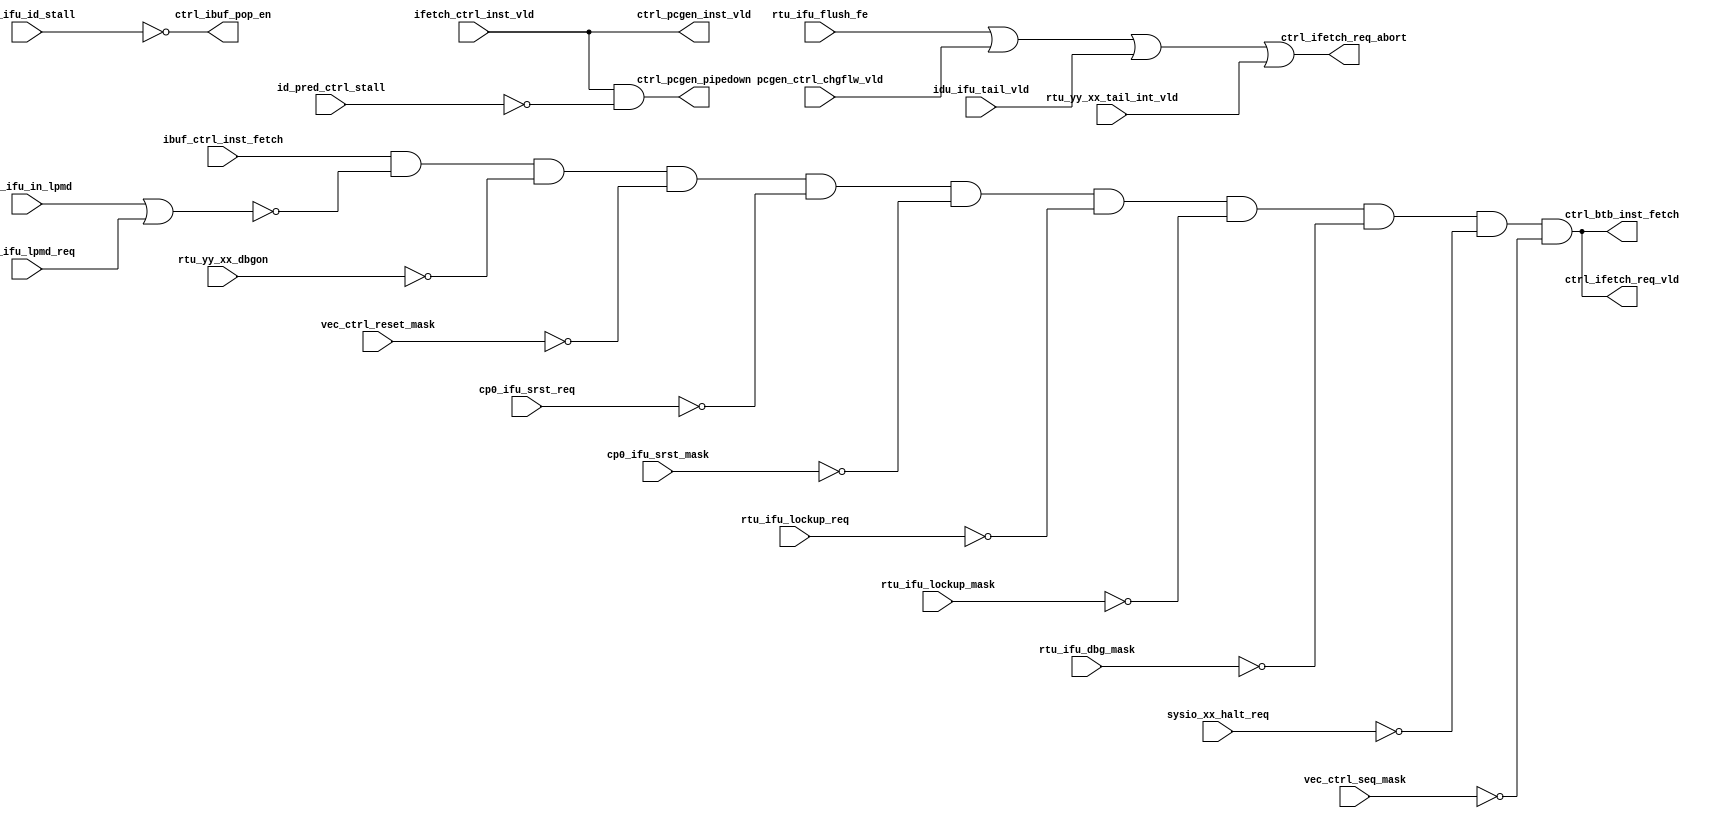
/*Copyright 2020-2021 T-Head Semiconductor Co., Ltd.

Licensed under the Apache License, Version 2.0 (the "License");
you may not use this file except in compliance with the License.
You may obtain a copy of the License at

    http://www.apache.org/licenses/LICENSE-2.0

Unless required by applicable law or agreed to in writing, software
distributed under the License is distributed on an "AS IS" BASIS,
WITHOUT WARRANTIES OR CONDITIONS OF ANY KIND, either express or implied.
See the License for the specific language governing permissions and
limitations under the License.
*/

// &ModuleBeg; @23
module pa_ifu_ctrl(
  cp0_ifu_in_lpmd,
  cp0_ifu_lpmd_req,
  cp0_ifu_srst_mask,
  cp0_ifu_srst_req,
  ctrl_btb_inst_fetch,
  ctrl_ibuf_pop_en,
  ctrl_ifetch_req_abort,
  ctrl_ifetch_req_vld,
  ctrl_pcgen_inst_vld,
  ctrl_pcgen_pipedown,
  ibuf_ctrl_inst_fetch,
  id_pred_ctrl_stall,
  idu_ifu_id_stall,
  idu_ifu_tail_vld,
  ifetch_ctrl_inst_vld,
  pcgen_ctrl_chgflw_vld,
  rtu_ifu_dbg_mask,
  rtu_ifu_flush_fe,
  rtu_ifu_lockup_mask,
  rtu_ifu_lockup_req,
  rtu_yy_xx_dbgon,
  rtu_yy_xx_tail_int_vld,
  sysio_xx_halt_req,
  vec_ctrl_reset_mask,
  vec_ctrl_seq_mask
);

// &Ports; @24
input        cp0_ifu_in_lpmd;       
input        cp0_ifu_lpmd_req;      
input        cp0_ifu_srst_mask;     
input        cp0_ifu_srst_req;      
input        ibuf_ctrl_inst_fetch;  
input        id_pred_ctrl_stall;    
input        idu_ifu_id_stall;      
input        idu_ifu_tail_vld;      
input        ifetch_ctrl_inst_vld;  
input        pcgen_ctrl_chgflw_vld; 
input        rtu_ifu_dbg_mask;      
input        rtu_ifu_flush_fe;      
input        rtu_ifu_lockup_mask;   
input        rtu_ifu_lockup_req;    
input        rtu_yy_xx_dbgon;       
input        rtu_yy_xx_tail_int_vld; 
input        sysio_xx_halt_req;     
input        vec_ctrl_reset_mask;   
input        vec_ctrl_seq_mask;     
output       ctrl_btb_inst_fetch;   
output       ctrl_ibuf_pop_en;      
output       ctrl_ifetch_req_abort; 
output       ctrl_ifetch_req_vld;   
output       ctrl_pcgen_inst_vld;   
output       ctrl_pcgen_pipedown;   

// &Regs; @25

// &Wires; @26
wire         cp0_ifu_in_lpmd;       
wire         cp0_ifu_lpmd_req;      
wire         cp0_ifu_srst_mask;     
wire         cp0_ifu_srst_req;      
wire         ctrl_btb_inst_fetch;   
wire         ctrl_ibuf_pop_en;      
wire         ctrl_if_abort;         
wire         ctrl_if_pipedown;      
wire         ctrl_ifetch_req_abort; 
wire         ctrl_ifetch_req_vld;   
wire         ctrl_inst_fetch;       
wire         ctrl_pcgen_inst_vld;   
wire         ctrl_pcgen_pipedown;   
wire         ibuf_ctrl_inst_fetch;  
wire         id_pred_ctrl_stall;    
wire         idu_ifu_id_stall;      
wire         idu_ifu_tail_vld;      
wire         ifetch_ctrl_inst_vld;  
wire         pcgen_ctrl_chgflw_vld; 
wire         rtu_ifu_dbg_mask;      
wire         rtu_ifu_flush_fe;      
wire         rtu_ifu_lockup_mask;   
wire         rtu_ifu_lockup_req;    
wire         rtu_yy_xx_dbgon;       
wire         rtu_yy_xx_tail_int_vld; 
wire         sysio_xx_halt_req;     
wire         vec_ctrl_reset_mask;   
wire         vec_ctrl_seq_mask;     


//==========================================================
// IFU Control Module
// 1. Inst Fetch Requet Valid Signal
// 2. Inst Fetch Stage Pipe Signal
// 3. Flush Signal for IFU modules
//==========================================================

//------------------------------------------------
// 1. Inst Fetch Requet Valid Signal
// a. Fetch inst when chgflw or I-buf fetch  
// b. Not fetch when lpmd or debug on
//------------------------------------------------
assign ctrl_inst_fetch = ibuf_ctrl_inst_fetch 
                      & ~(cp0_ifu_in_lpmd | cp0_ifu_lpmd_req)
                      & ~rtu_yy_xx_dbgon
                      & ~vec_ctrl_reset_mask
                      & ~cp0_ifu_srst_req
                      & ~cp0_ifu_srst_mask
                      & ~rtu_ifu_lockup_req
                      & ~rtu_ifu_lockup_mask
                      & ~rtu_ifu_dbg_mask
                      & ~sysio_xx_halt_req
                      & ~vec_ctrl_seq_mask;

//------------------------------------------------
// 2. Inst Fetch Stage Pipedown Signal
//------------------------------------------------
assign ctrl_if_pipedown = ifetch_ctrl_inst_vld & ~id_pred_ctrl_stall;

//------------------------------------------------
// 3. Flush Signal for IFU modules
//------------------------------------------------
assign ctrl_if_abort = rtu_ifu_flush_fe | pcgen_ctrl_chgflw_vld | idu_ifu_tail_vld | rtu_yy_xx_tail_int_vld;

//==========================================================
// Rename for Output
//==========================================================

// Output to I-Buf
assign ctrl_ibuf_pop_en       = ~idu_ifu_id_stall;

assign ctrl_ifetch_req_vld    = ctrl_inst_fetch;
assign ctrl_ifetch_req_abort  = ctrl_if_abort;

assign ctrl_pcgen_pipedown    = ctrl_if_pipedown;
assign ctrl_pcgen_inst_vld    = ifetch_ctrl_inst_vld;

assign ctrl_btb_inst_fetch    = ctrl_inst_fetch;

// &ModuleEnd; @79
endmodule